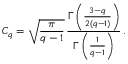
C _ { q } = \sqrt { \frac { \pi } { q - 1 } } \, \frac { \Gamma \left( \frac { 3 - q } { 2 ( q - 1 ) } \right) } { \Gamma \left( \frac { 1 } { q - 1 } \right) } \, .